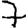
Digit: 7